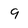
Character: 9